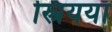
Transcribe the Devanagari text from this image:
स्त्रिययाँ